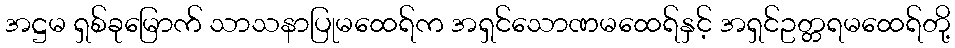
အဋ္ဌမ ရှစ်ခုမြောက် သာသနာပြုမထေရ်က အရှင်သောဏမထေရ်နှင့် အရှင်ဥတ္တရမထေရ်တို့